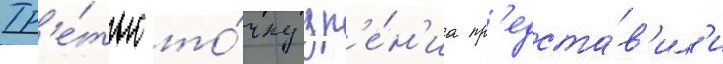
Тр'е́тью то́чку зр'е́н'иа пр'едста́в'ил'и